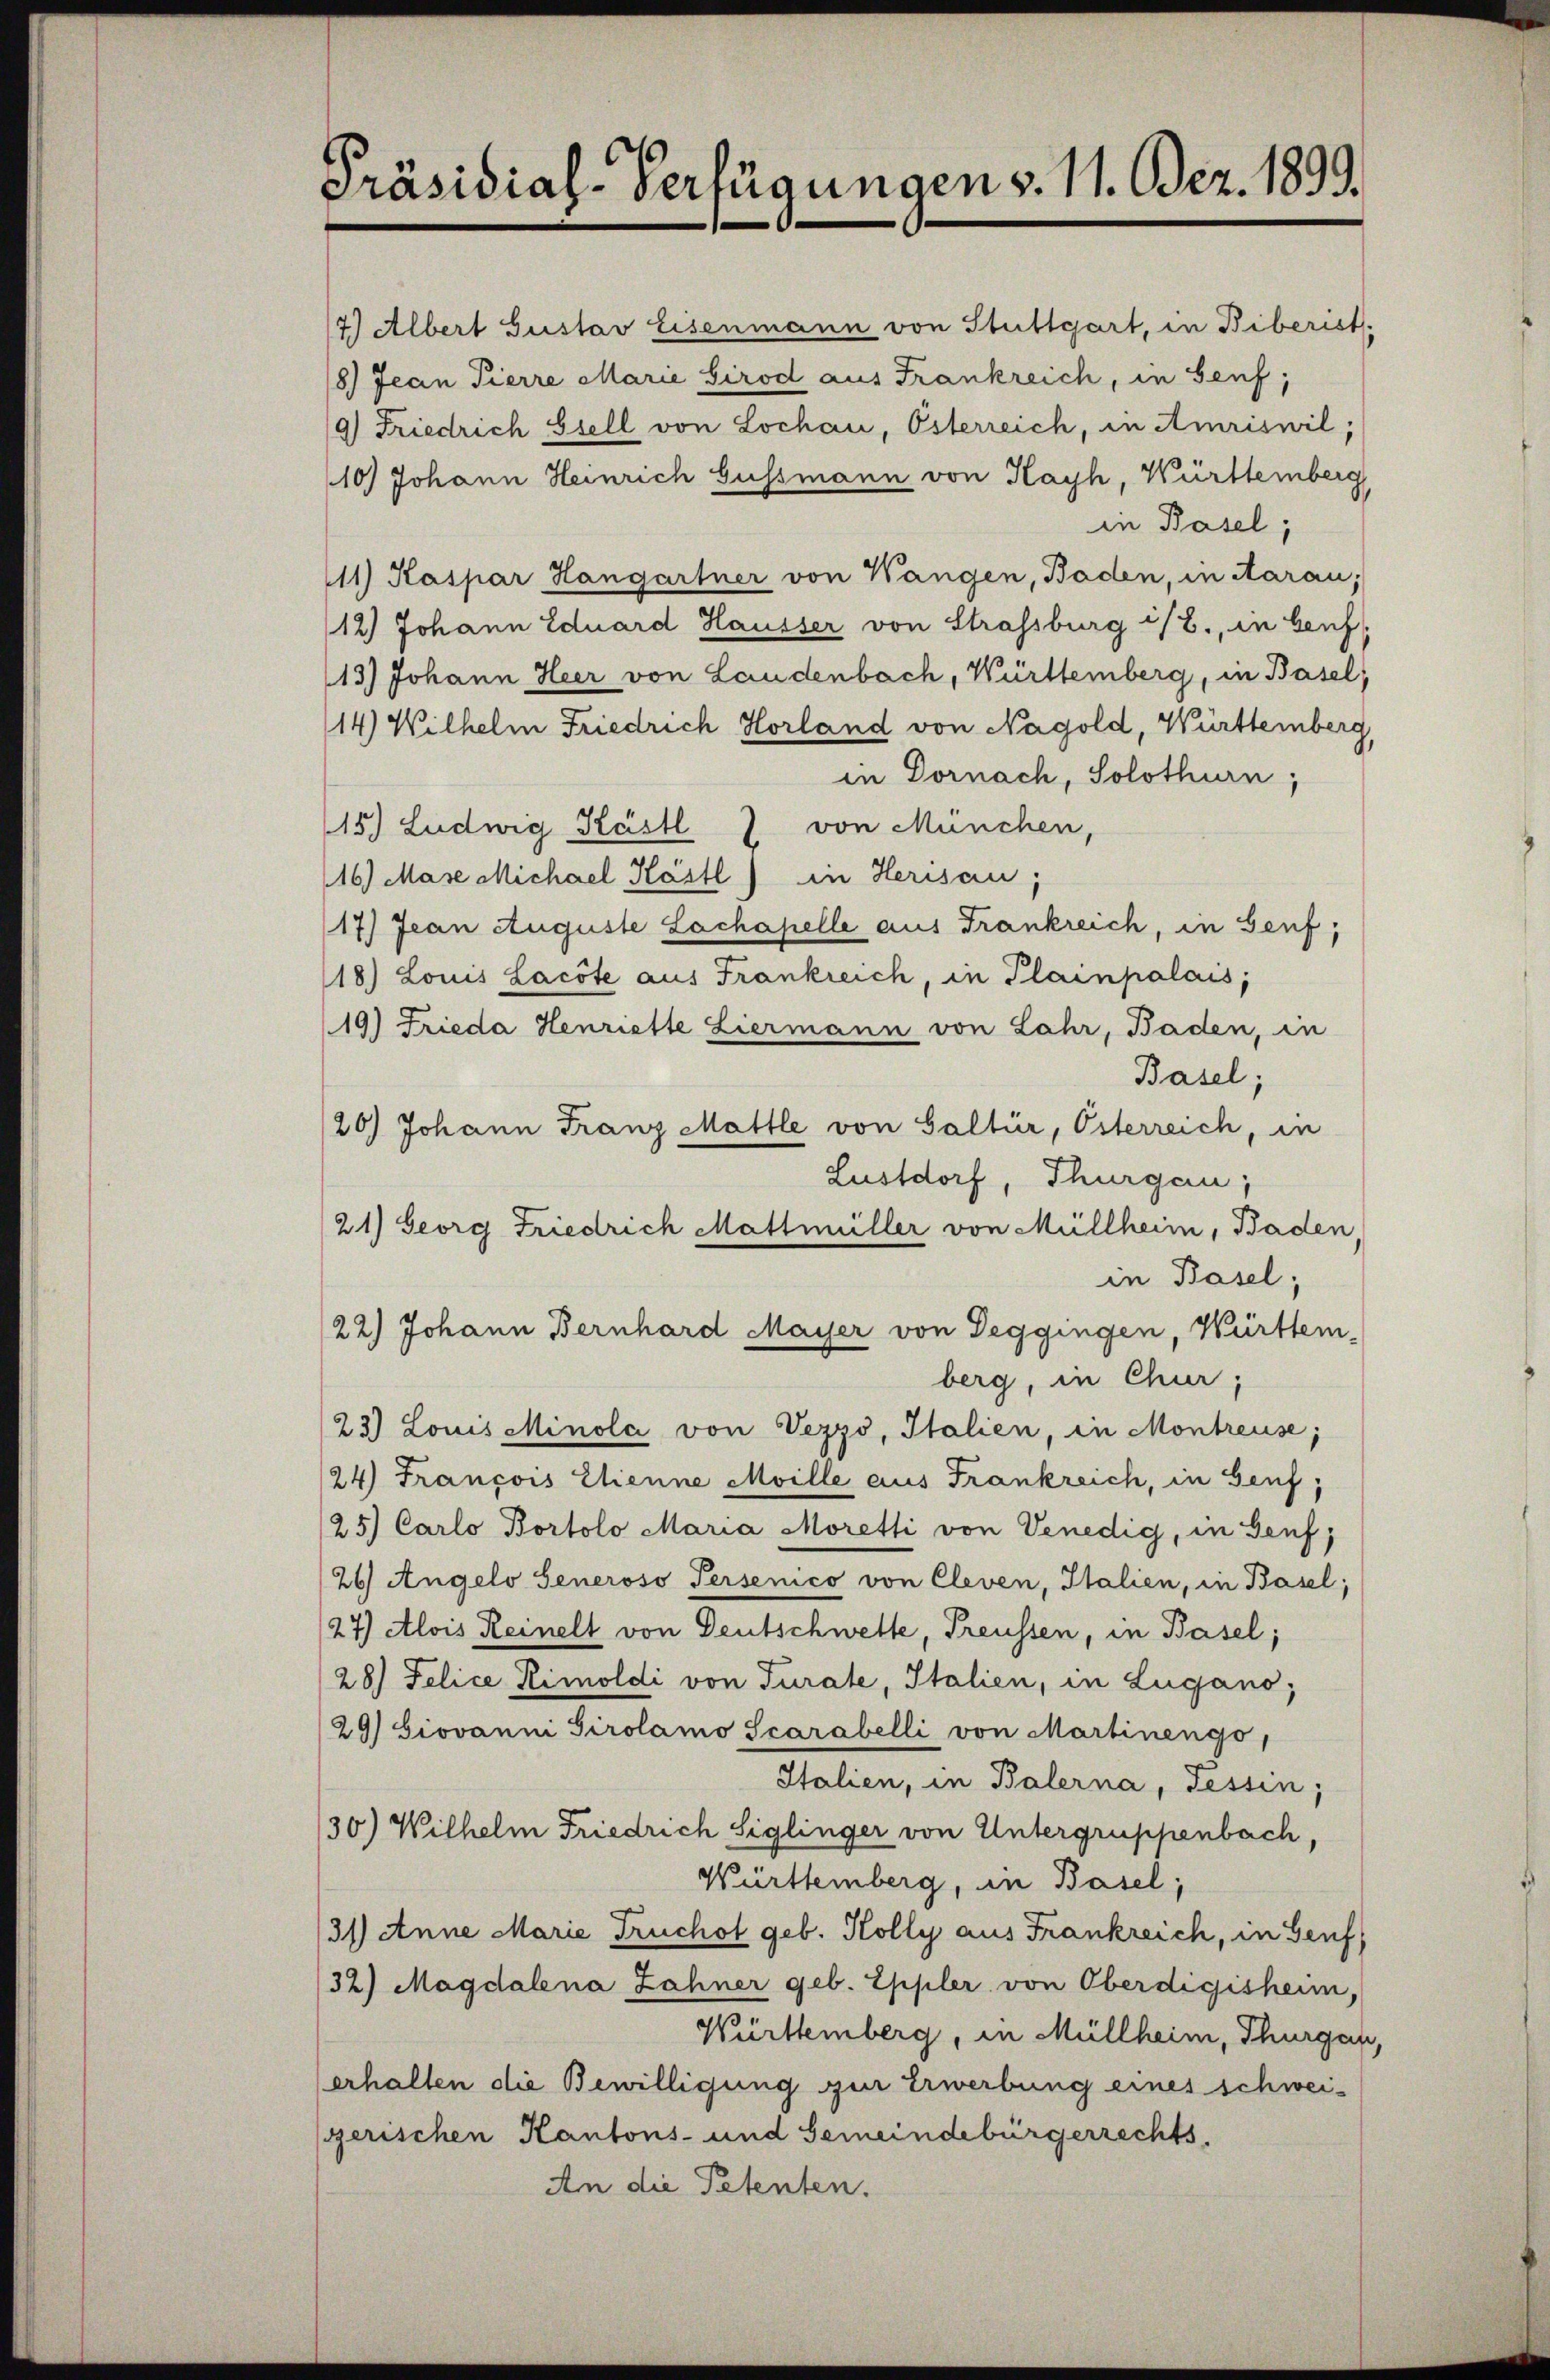
Präsidial-Verfügungen v. 11. Dez. 1899.

7.) Albert Gustav Eisenmann von Stuttgart, in Biberist.
18.) Jean Pierre Marie Girod aus Frankreich, in Genf,
9) Friedrich Biell von Lochau, Österreich, in Amriswil;
(10) Johann Heinrich Gussmann von Kayh, Württemberg
in Basel;
111) Kaspar Hangartner von Wangen, Baden, in Aarau;
12.) Johann Eduard Hausser von Strassburg i/B., in beif
(13) Johann Heer von Landenbach, Württemberg, in Basel,
14) Wilhelm Friedrich Horland von Nagold, Württemberg,
in Dornach, Solothurn,
15.) Ludwig Kästl 7 von München,
116) Mase Michael Kästl) in Herisau;
17) Jean Auguste Lachapelle aus Frankreich, in Genf,
18.) Louis Lacote aus Frankreich, in Plainpalais,
(19) Frieda Henriette Liermann von Lahr, Baden, in
Basel;
20) Johann Franz Mattle von Galtür, Österreich, in
Lustdorf, Thurgau,
21) Georg Friedrich Mattmüller von Müllheim, Baden
in Basel;
22.) Johann Bernhard Mayer von Deggingen, Württem-
berg, in Chur,
23) Louis Minola von Vezzo, Italien, in Montreuse;
24) Francois Etienne Moille aus Frankreich, in Genf,
/25.) Carlo Portolo Maria Moretti von Venedig, in Genf,
26) Angelo Seneroso Persenico von Cleven, Italien, in Basel;
/27) Alois Reinelt von Deutschwette, Preussen, in Basel;
28.) Felice Kimoldi von Turate, Italien, in Lugano,
/29) biovanni Tirolamo Scarabelli von Martinengo
Italien, in Balerna, Tessin,
30) Wilhelm Friedrich Siglinger von Untergruppenbach,
Württemberg, in Basel,
31) Anne Marie Truchst geb. Kolly aus Frankreich, in Genf,
32) Magdalena Zahner geb. Eppler von Oberdigisheim,
Württemberg, in Müllheim, Thurgau,
erhalten die Bewilligung zur Erwerbung eines schweisgerischen Kantons- und Gemeindebürgerrechts.
An die Petenten.